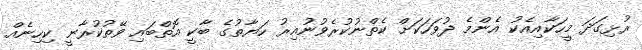
ރުޅިގަދަ މީހަކާއިއެކު އެންމެ ދުވަހަކަށް ކެތްނުކުރެވުނުއިރު ހަޔާތުގެ ބާކީ އޮތްބައި ވޭތުކުރާނީ ކިހިނެއް